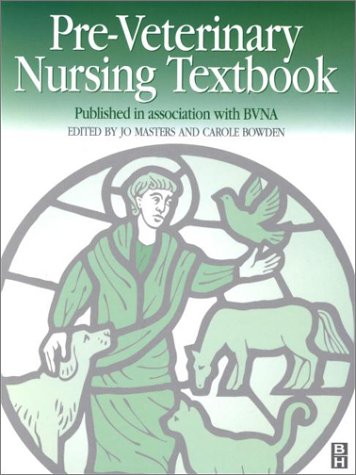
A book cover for BVNA Pre-Veterinary Nursing Textbook, 1e; Medical Books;